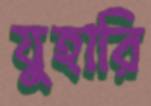
যুহারি